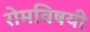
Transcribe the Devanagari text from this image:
रोमविषयी